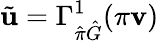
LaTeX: \tilde{\mathbf{u}}=\Gamma_{\hat{\pi}\hat{G}}^{1}(\pi\mathbf{v})